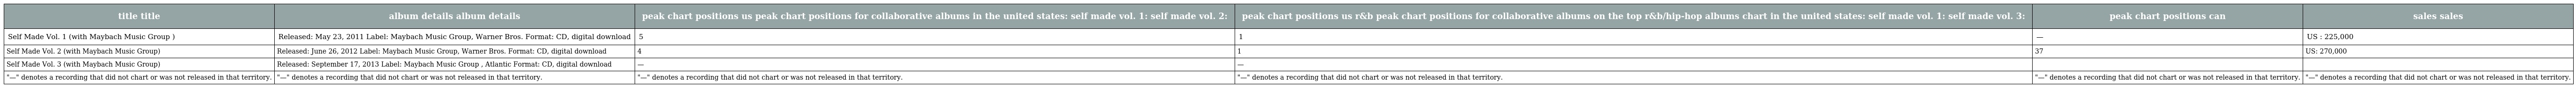
| title title | album details album details | peak chart positions us peak chart positions for collaborative albums in the united states: self made vol. 1: self made vol. 2: | peak chart positions us r&b peak chart positions for collaborative albums on the top r&b/hip-hop albums chart in the united states: self made vol. 1: self made vol. 3: | peak chart positions can | sales sales |
 | --- | --- | --- | --- | --- | --- |
 | Self Made Vol. 1 (with Maybach Music Group ) | Released: May 23, 2011 Label: Maybach Music Group, Warner Bros. Format: CD, digital download | 5 | 1 | — | US : 225,000 |
 | Self Made Vol. 2 (with Maybach Music Group) | Released: June 26, 2012 Label: Maybach Music Group, Warner Bros. Format: CD, digital download | 4 | 1 | 37 | US: 270,000 |
 | Self Made Vol. 3 (with Maybach Music Group) | Released: September 17, 2013 Label: Maybach Music Group , Atlantic Format: CD, digital download | — | — |  |  |
 | "—" denotes a recording that did not chart or was not released in that territory. | "—" denotes a recording that did not chart or was not released in that territory. | "—" denotes a recording that did not chart or was not released in that territory. | "—" denotes a recording that did not chart or was not released in that territory. | "—" denotes a recording that did not chart or was not released in that territory. | "—" denotes a recording that did not chart or was not released in that territory. |